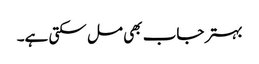
بہتر جاب بھی مل سکتی ہے۔